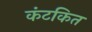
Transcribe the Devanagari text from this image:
कंटकित